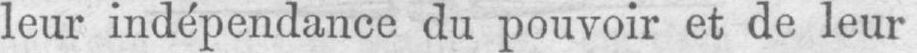
leur indépendance du pouvoir et de leur